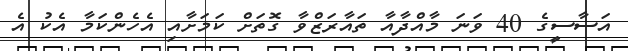
އަސާސީގެ 40 ވަނަ މާއްދާއާ ތައާރަޒްވާ ގޮތަށް ކަމަށާއި އެހެންކަމާ އެކު އެ